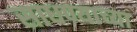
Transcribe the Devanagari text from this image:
साधण्याच्या